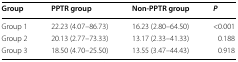
<table><thead><tr><td><b>Group</b></td><td><b>PPTR group</b></td><td><b>Non-PPTR group</b></td><td><b><i>P</i></b></td></tr></thead><tbody><tr><td>Group 1</td><td>22.23 (4.07–86.73)</td><td>16.23 (2.80–64.50)</td><td>&lt;0.001</td></tr><tr><td>Group 2</td><td>20.13 (2.77–73.33)</td><td>13.17 (2.33–41.33)</td><td>0.188</td></tr><tr><td>Group 3</td><td>18.50 (4.70–25.50)</td><td>13.55 (3.47–44.43)</td><td>0.918</td></tr></tbody></table>